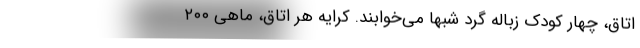
اتاق، چهار کودک زباله گرد شبها می‌خوابند. کرایه هر اتاق، ماهی ۲۰۰